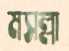
মসল্লা